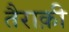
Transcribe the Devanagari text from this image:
तैराक़ी